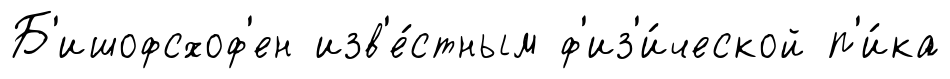
Б'ишофсхоф'ен изв'е́стным ф'из'и́ческой п'и́ка